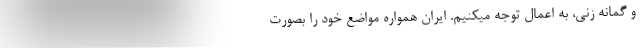
و گمانه زنی، به اعمال توجه میکنیم. ایران همواره مواضع خود را بصورت